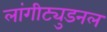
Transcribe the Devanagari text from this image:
लांगीट्युडनल